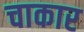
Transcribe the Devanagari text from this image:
चाकार